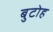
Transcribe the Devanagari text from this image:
बुटोह